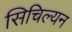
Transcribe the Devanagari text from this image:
सिचिल्यन